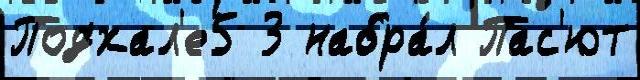
Подхал'е5 3 набра́л Пас'ют